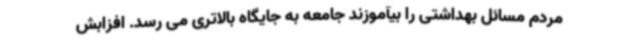
مردم مسائل بهداشتی را بیآموزند جامعه به جایگاه بالاتری می رسد. افزابش